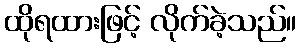
ထိုရထားဖြင့် လိုက်ခဲ့သည်။